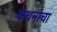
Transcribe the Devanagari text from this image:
कथनांचा